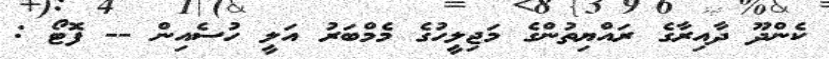
ކެންދޫ ދާއިރާގެ ރައްޔިތުންގެ މަޖިލީހުގެ މެމްބަރު އަލީ ހުސެއިން -- ފޮޓޯ :